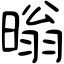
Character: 暡